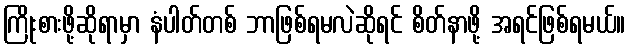
ကြိုးစားဖို့ဆိုရာမှာ နံပါတ်တစ် ဘာဖြစ်ရမလဲဆိုရင် စိတ်နာဖို့ အရင်ဖြစ်ရမယ်။